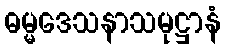
ဓမ္မဒေသနာသမုဋ္ဌာနံ